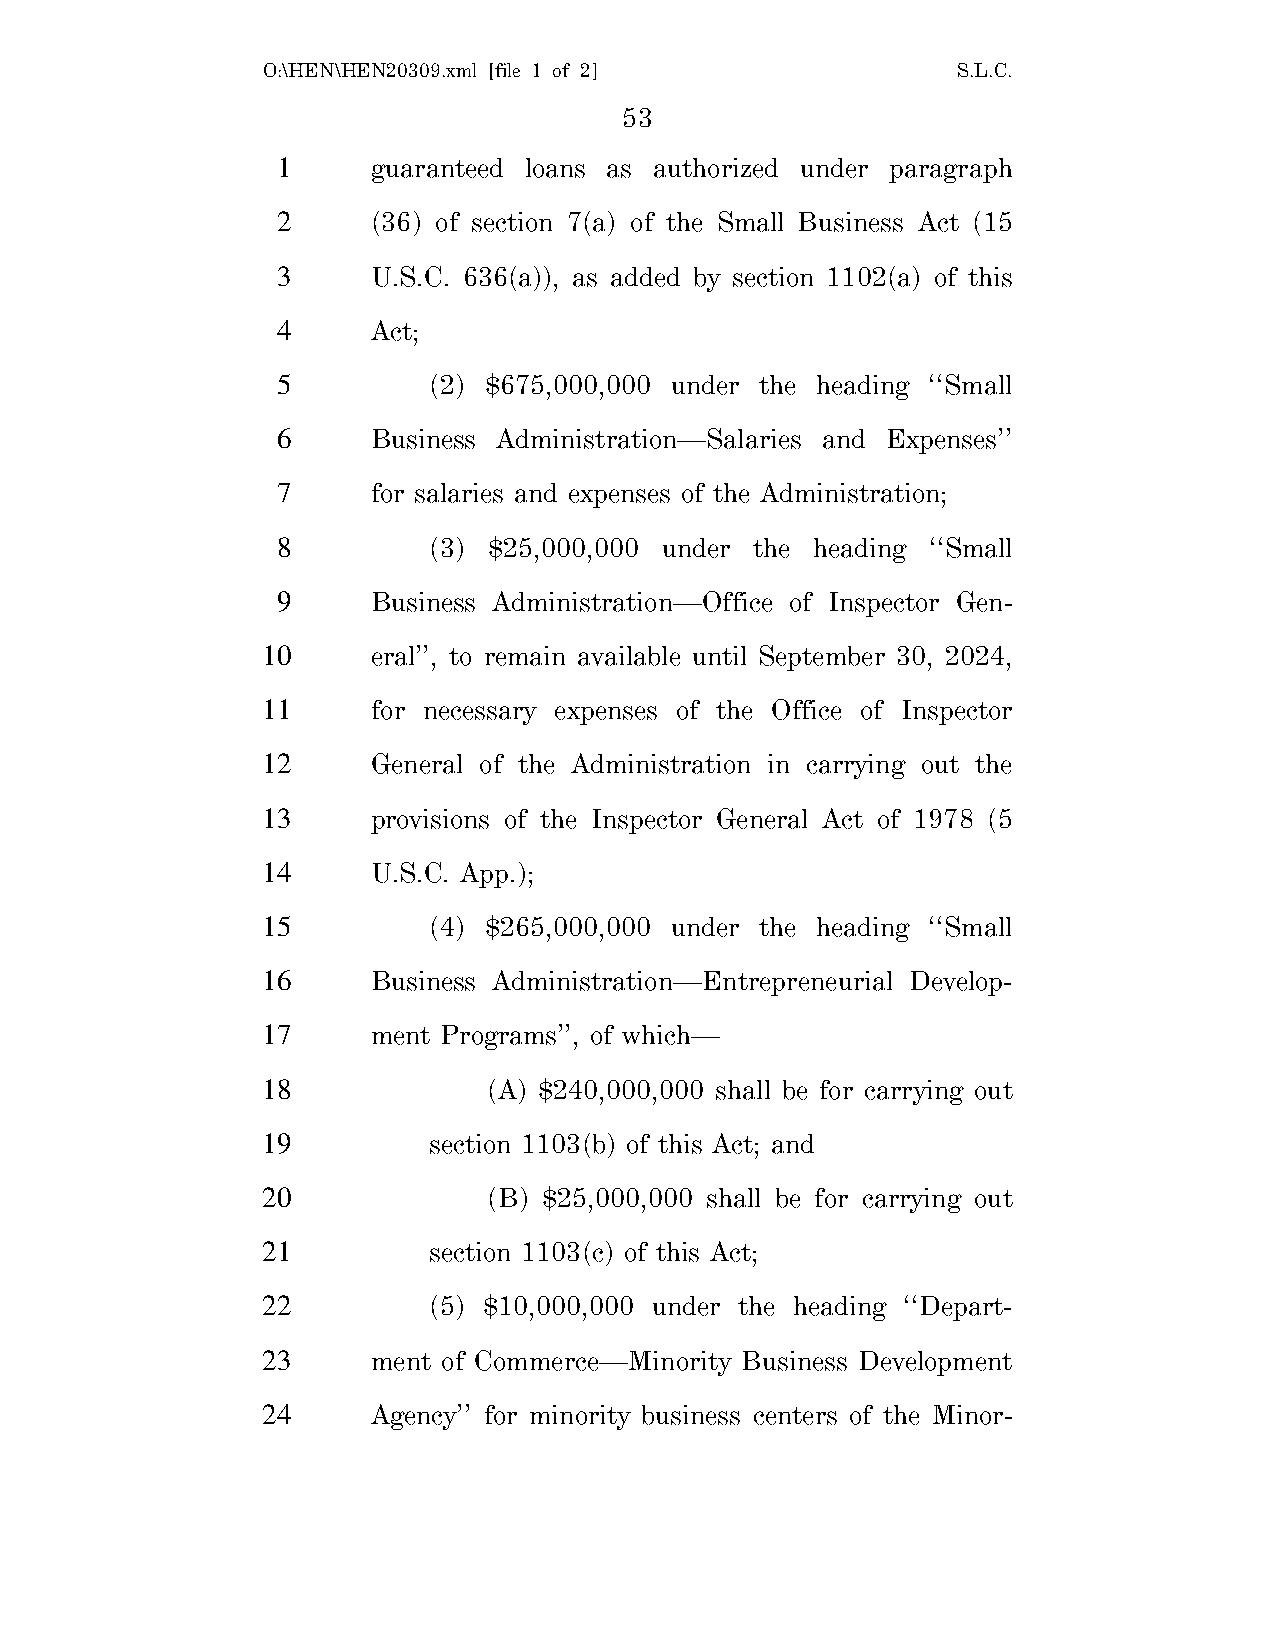
O:\HEN\HEN20309.xml [file 1 of 2]             S.L.C.
 53
 1      guaranteed loans as authorized under paragraph
 2      (36) of section 7(a) of the Small Business Act (15
 3      U.S.C. 636(a)), as added by section 1102(a) of this
 4      Act;
 5         (2) $675,000,000 under the heading ‘‘Small
 6      Business Administration—Salaries and Expenses’’
 7      for salaries and expenses of the Administration;
 8         (3) $25,000,000 under the heading ‘‘Small
 9      Business Administration—Office of Inspector Gen-
 10      eral’’, to remain available until September 30, 2024,
 11      for necessary expenses of the Office of Inspector
 12      General of the Administration in carrying out the
 13      provisions of the Inspector General Act of 1978 (5
 14      U.S.C. App.);
 15         (4) $265,000,000 under the heading ‘‘Small
 16      Business Administration—Entrepreneurial Develop-
 17      ment Programs’’, of which—
 18             (A) $240,000,000 shall be for carrying out
 19         section 1103(b) of this Act; and
 20             (B) $25,000,000 shall be for carrying out
 21         section 1103(c) of this Act;
 22         (5) $10,000,000 under the heading ‘‘Depart-
 23      ment of Commerce—Minority Business Development
 24      Agency’’ for minority business centers of the Minor-